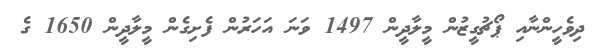
ދިވެހީންނާއި ޕޯޗުގީޒުން މީލާދީން 1497 ވަނަ އަހަރުން ފެށިގެން މީލާދީން 1650 ގެ